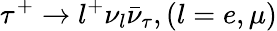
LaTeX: \tau^{+}\to l^{+}\nu_{l}\bar{\nu}_{\tau},(l=e,\mu)